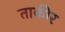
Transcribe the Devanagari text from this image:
ताकीर